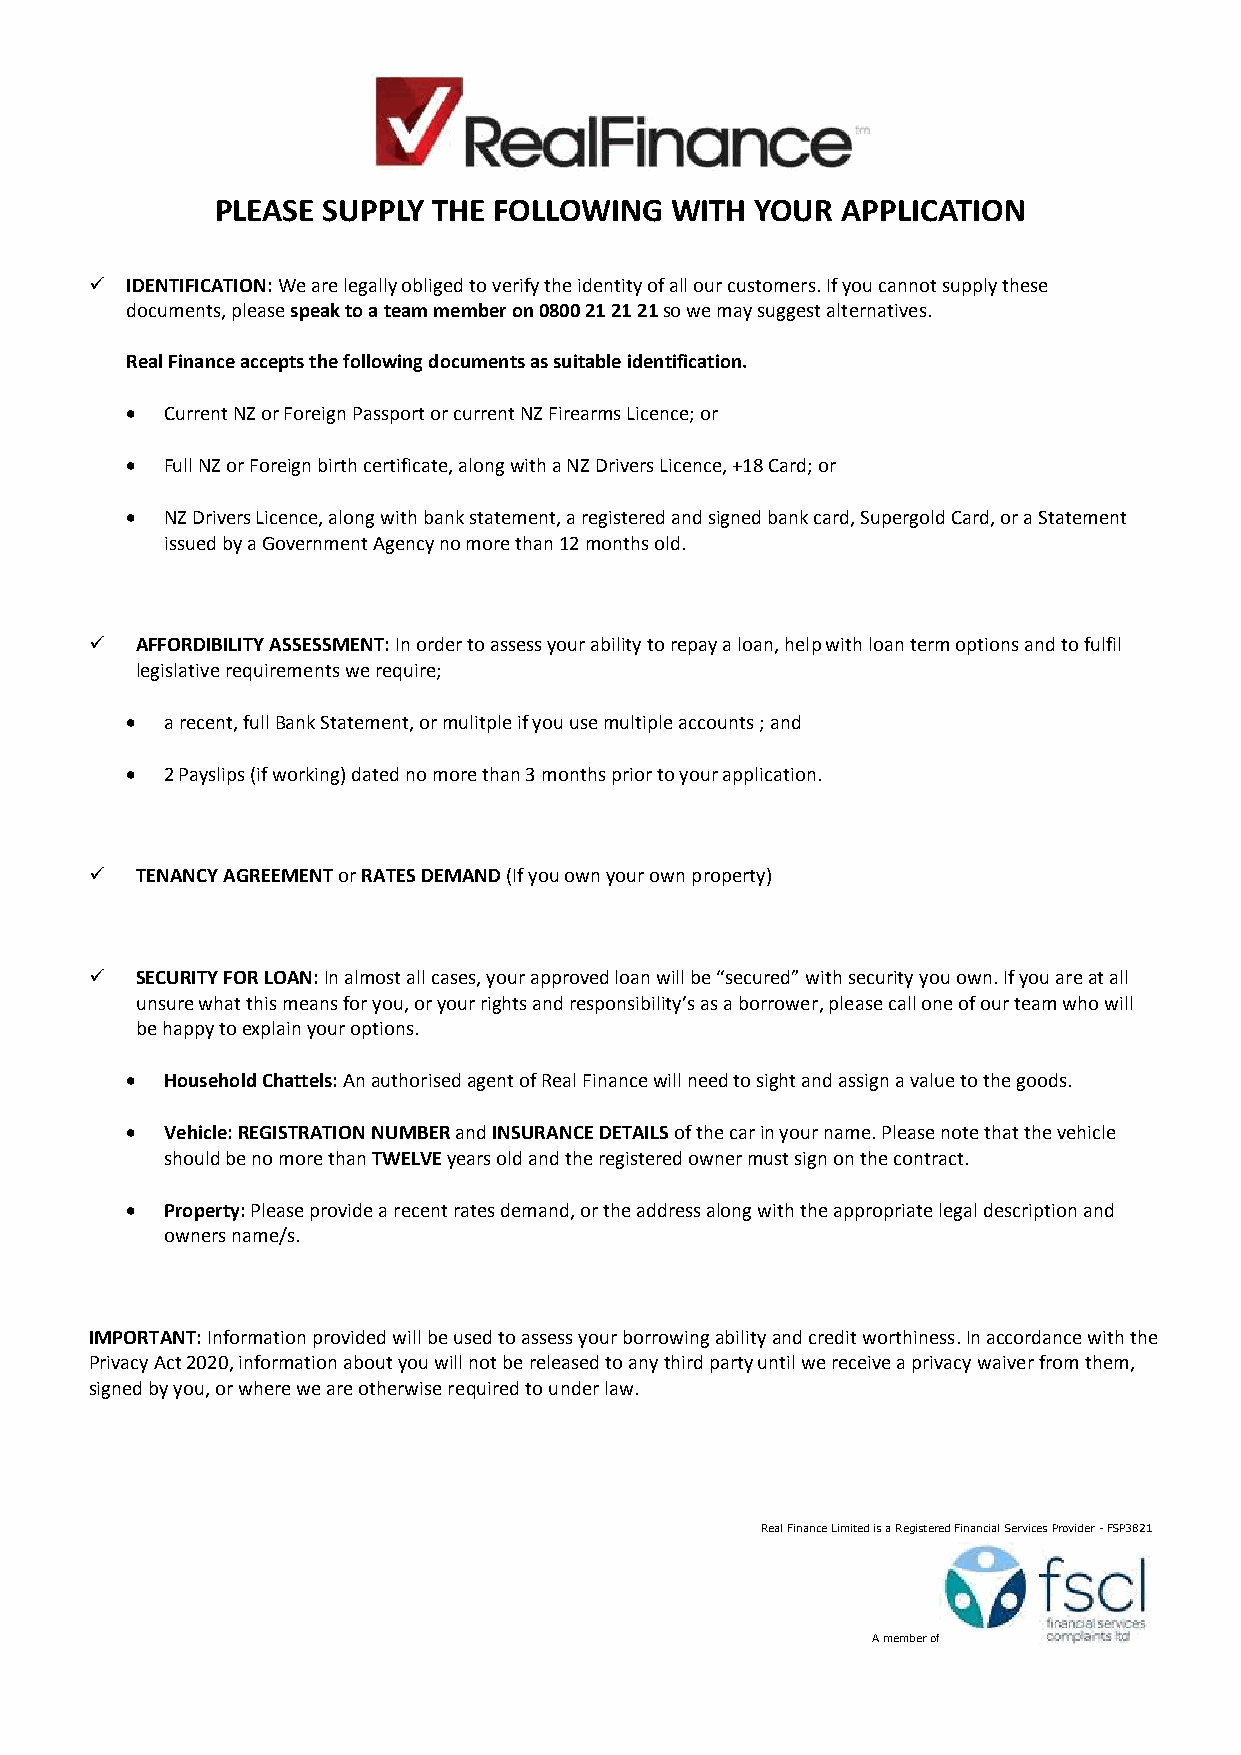
PLEASE SUPPLY  THE FOLLOWING  WITH  YOUR  APPLICATION
  IDENTIFICATION: We are legally obliged to verify the identity of all our customers. If you cannot supply these
 documents, please speak to a team member on 0800 21 21 21 so we may suggest alternatives.
 Real Finance accepts the following documents as suitable identification.
   Current NZ or Foreign Passport or current NZ Firearms Licence; or
   Full NZ or Foreign birth certificate, along with a NZ Drivers Licence, +18 Card; or
   NZ Drivers Licence, along with bank statement, a registered and signed bank card, Supergold Card, or a Statement
 issued by a Government Agency no more than 12 months old.
   AFFORDIBILITY ASSESSMENT: In order to assess your ability to repay a loan, help with loan term options and to fulfil
 legislative requirements we require;
   a recent, full Bank Statement, or mulitple if you use multiple accounts ; and
   2 Payslips (if working) dated no more than 3 months prior to your application.
   TENANCY AGREEMENT or RATES DEMAND (If you own your own property)
   SECURITY FOR LOAN: In almost all cases, your approved loan will be “secured” with security you own. If you are at all
 unsure what this means for you, or your rights and responsibility’s as a borrower, please call one of our team who will
 be happy to explain your options.
   Household Chattels: An authorised agent of Real Finance will need to sight and assign a value to the goods.
   Vehicle: REGISTRATION NUMBER and INSURANCE DETAILS of the car in your name. Please note that the vehicle
 should be no more than TWELVE years old and the registered owner must sign on the contract.
   Property: Please provide a recent rates demand, or the address along with the appropriate legal description and
 owners name/s.
 IMPORTANT: Information provided will be used to assess your borrowing ability and credit worthiness. In accordance with the
 Privacy Act 2020, information about you will not be released to any third party until we receive a privacy waiver from them,
 signed by you, or where we are otherwise required to under law.
 Real Finance Limited is a Registered Financial Services Provider - FSP3821
 A member of